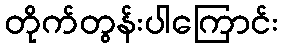
တိုက်တွန်းပါကြောင်း